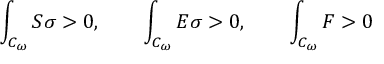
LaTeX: \int _ { { \cal { C } } _ { \omega } } { S \sigma } > 0 , \qquad \int _ { { \cal { C } } _ { \omega } } { { \cal { E } } \sigma } > 0 , \qquad \int _ { { \cal { C } } _ { \omega } } { F } > 0